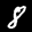
Label: 8